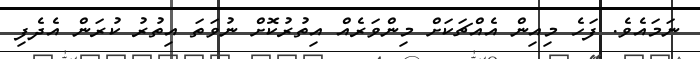
ނަމައެވެ. ފަހެ މިއިން އެއްޗަކަށް މިންވަރެއް އިތުރުކޮށް ނުވަތަ އިތުރު ކުރަން އެދެފި